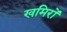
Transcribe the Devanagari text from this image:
खमिरों